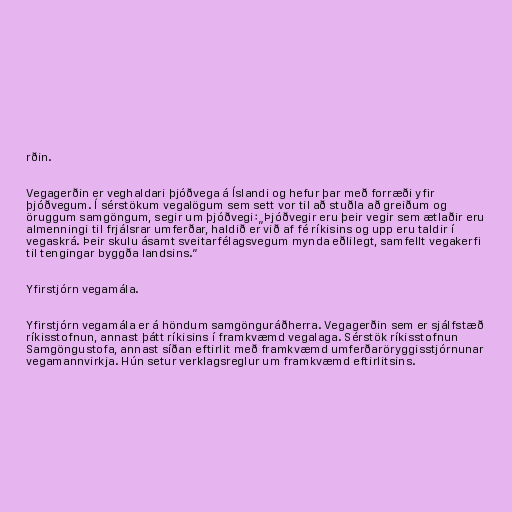
rðin.

Vegagerðin er veghaldari þjóðvega á Íslandi og hefur þar með forræði yfir
þjóðvegum. Í sérstökum vegalögum sem sett vor til að stuðla að greiðum og
öruggum samgöngum, segir um þjóðvegi:„Þjóðvegir eru þeir vegir sem ætlaðir eru
almenningi til frjálsrar umferðar, haldið er við af fé ríkisins og upp eru taldir í
vegaskrá. Þeir skulu ásamt sveitarfélagsvegum mynda eðlilegt, samfellt vegakerfi
til tengingar byggða landsins.”

Yfirstjórn vegamála.

Yfirstjórn vegamála er á höndum samgönguráðherra. Vegagerðin sem er sjálfstæð
ríkisstofnun, annast þátt ríkisins í framkvæmd vegalaga. Sérstök ríkisstofnun
Samgöngustofa, annast síðan eftirlit með framkvæmd umferðaröryggisstjórnunar
vegamannvirkja. Hún setur verklagsreglur um framkvæmd eftirlitsins.